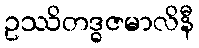
ဥဿိတဒ္ဓဇမာလိနီ